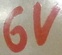
Text: 6V